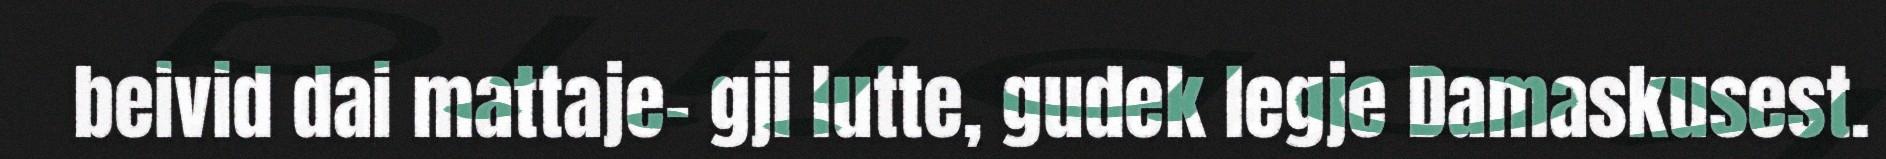
beivid dai mattaje- gji lutte, gudek legje Damaskusest.